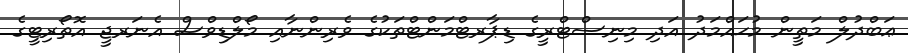
ޢަބްދުލް މަތީން މުޙައްމަދު އަދި މިނިސްޓްރީގެ ޑިޕާރޓްމަންޓްތަކުގެ ވެރިންނާއި މޯލްޑިވްސް އެނަރޖީ އޮތޯރިޓީގެ